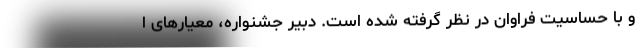
و با حساسیت فراوان در نظر گرفته شده است. دبیر جشنواره، معیارهای ا